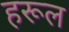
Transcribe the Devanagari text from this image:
हरूल